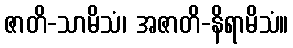
ဇာတိ-သာမိသံ၊ အဇာတိ-နိရာမိသံ။